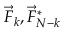
\vec { F } _ { k } , \vec { F } _ { N - k } ^ { * }